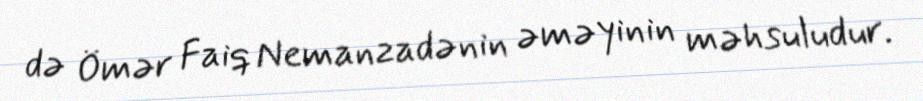
də Ömər Faiq Nemanzadənin əməyinin məhsuludur.